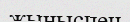
жыныспен